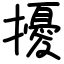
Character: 擾